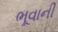
ભૂવાની